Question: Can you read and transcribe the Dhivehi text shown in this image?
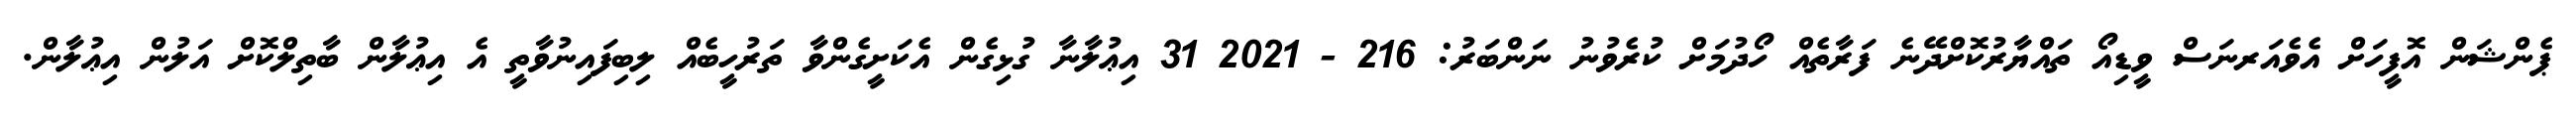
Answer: ޕެންޝަން އޮފީހަށް އެވެއަރނަސް ވީޑިއޯ ތައްޔާރުކޮށްދޭނެ ފަރާތެއް ހޯދުމަށް ކުރެވުނު ނަންބަރު: 216 - 2021 31 އިޢުލާނާ ގުޅިގެން އެކަށީގެންވާ ތަރުހީބެއް ލިބިފައިނުވާތީ އެ އިޢުލާން ބާތިލްކޮށް އަލުން އިޢުލާން.